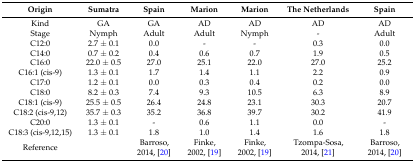
| Origin | Sumatra | Spain | Marion | Marion | The Netherlands | Spain |
 | --- | --- | --- | --- | --- | --- | --- |
 | Kind | GA | GA | AD | AD | AD | AD |
 | Stage | Nymph | Adult | Adult | Nymph | - | Adult |
 | C12:0 | 2.7 ± 0.1 | 0.0 | - | - | 0.3 | 0.0 |
 | C14:0 | 0.7 ± 0.2 | 0.4 | 0.6 | 0.7 | 1.9 | 0.5 |
 | C16:0 | 22.0 ± 0.5 | 27.0 | 25.1 | 22.0 | 27.0 | 25.2 |
 | C16:1 (cis-9) | 1.3 ± 0.1 | 1.7 | 1.4 | 1.1 | 2.2 | 0.9 |
 | C17:0 | 1.2 ± 0.1 | 0.0 | 0.3 | 0.4 | 0.2 | 0.0 |
 | C18:0 | 8.2 ± 0.3 | 7.4 | 9.3 | 10.5 | 6.3 | 8.9 |
 | C18:1 (cis-9) | 25.5 ± 0.5 | 26.4 | 24.8 | 23.1 | 30.3 | 20.7 |
 | C18:2 (cis-9,12) | 35.7 ± 0.3 | 35.2 | 36.8 | 39.7 | 30.2 | 41.9 |
 | C20:0 | 1.3 ± 0.1 | - | 0.6 | 1.1 | 0.0 | - |
 | C18:3 (cis-9,12,15) | 1.3 ± 0.1 | 1.8 | 1.0 | 1.4 | 1.6 | 1.8 |
 | Reference |  | Barroso, 2014, [20] | Finke, 2002, [19] | Finke, 2002, [19] | Tzompa-Sosa, 2014, [21] | Barroso, 2014, [20] |